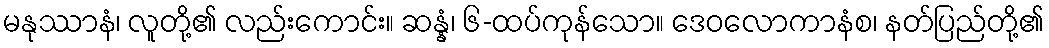
မနုဿာနံ၊ လူတို့၏ လည်းကောင်း။ ဆန္နံ၊ ၆-ထပ်ကုန်သော။ ဒေဝလောကာနံစ၊ နတ်ပြည်တို့၏